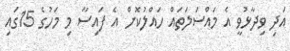
އަދި ވިދާޅުވީ އެ މައްސަލަތައް ހައްލުކޮށް އެ ފައިސާ މި މަހުގެ 15ގައި